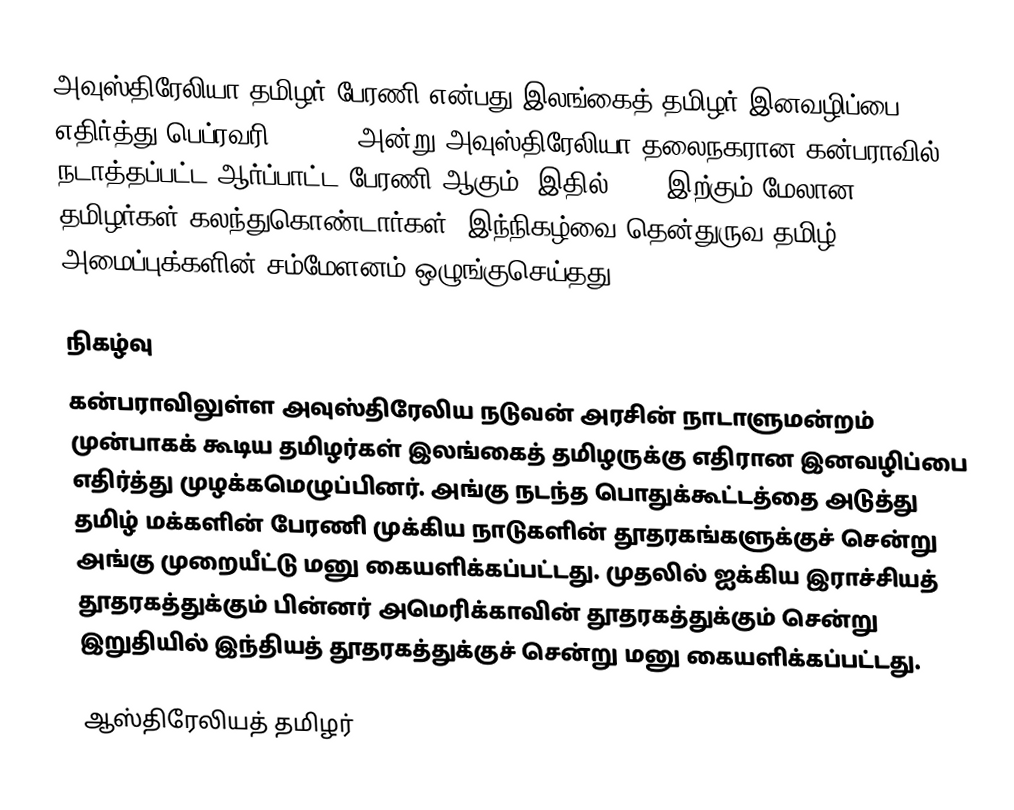
அவுஸ்திரேலியா தமிழர் பேரணி என்பது இலங்கைத் தமிழர் இனவழிப்பை எதிர்த்து பெப்ரவரி 5, 2009 அன்று அவுஸ்திரேலியா தலைநகரான கன்பராவில் நடாத்தப்பட்ட ஆர்ப்பாட்ட பேரணி ஆகும்.  இதில் 4000 இற்கும் மேலான தமிழர்கள் கலந்துகொண்டார்கள்.  இந்நிகழ்வை தென்துருவ தமிழ் அமைப்புக்களின் சம்மேளனம் ஒழுங்குசெய்தது.

நிகழ்வு
கன்பராவிலுள்ள அவுஸ்திரேலிய நடுவன் அரசின் நாடாளுமன்றம் முன்பாகக் கூடிய தமிழர்கள் இலங்கைத் தமிழருக்கு எதிரான இனவழிப்பை எதிர்த்து முழக்கமெழுப்பினர். அங்கு நடந்த பொதுக்கூட்டத்தை அடுத்து தமிழ் மக்களின் பேரணி முக்கிய நாடுகளின் தூதரகங்களுக்குச் சென்று அங்கு முறையீட்டு மனு கையளிக்கப்பட்டது. முதலில் ஐக்கிய இராச்சியத் தூதரகத்துக்கும் பின்னர் அமெரிக்காவின் தூதரகத்துக்கும் சென்று இறுதியில் இந்தியத் தூதரகத்துக்குச் சென்று மனு கையளிக்கப்பட்டது.

ஆஸ்திரேலியத் தமிழர்